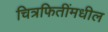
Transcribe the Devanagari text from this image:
चित्रफितींमधील